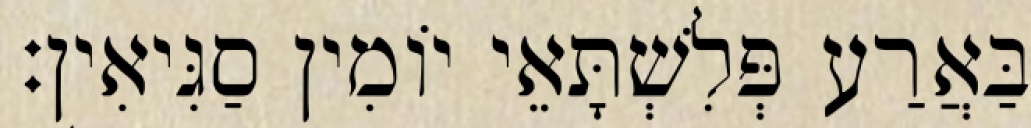
בַּאֲרַע פְּלִשְׁתָּאֵי יוֹמִין סַגִּיאִין׃